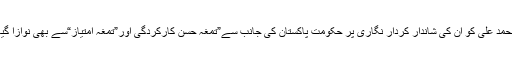
محمد علی کو ان کی شاندار کردار نگاری پر حکومت پاکستان کی جانب سے”تمغہ حسن کارکردگی اور”تمغہ امتیاز“سے بھی نوازا گیا۔